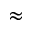
\approx